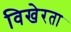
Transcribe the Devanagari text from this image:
विखेरता